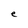
Character: e